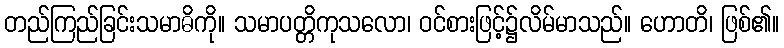
တည်ကြည်ခြင်းသမာဓိကို။ သမာပတ္တိကုသလော၊ ဝင်စားဖြင့်၌လိမ်မာသည်။ ဟောတိ၊ ဖြစ်၏။